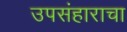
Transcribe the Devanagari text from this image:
उपसंहाराचा